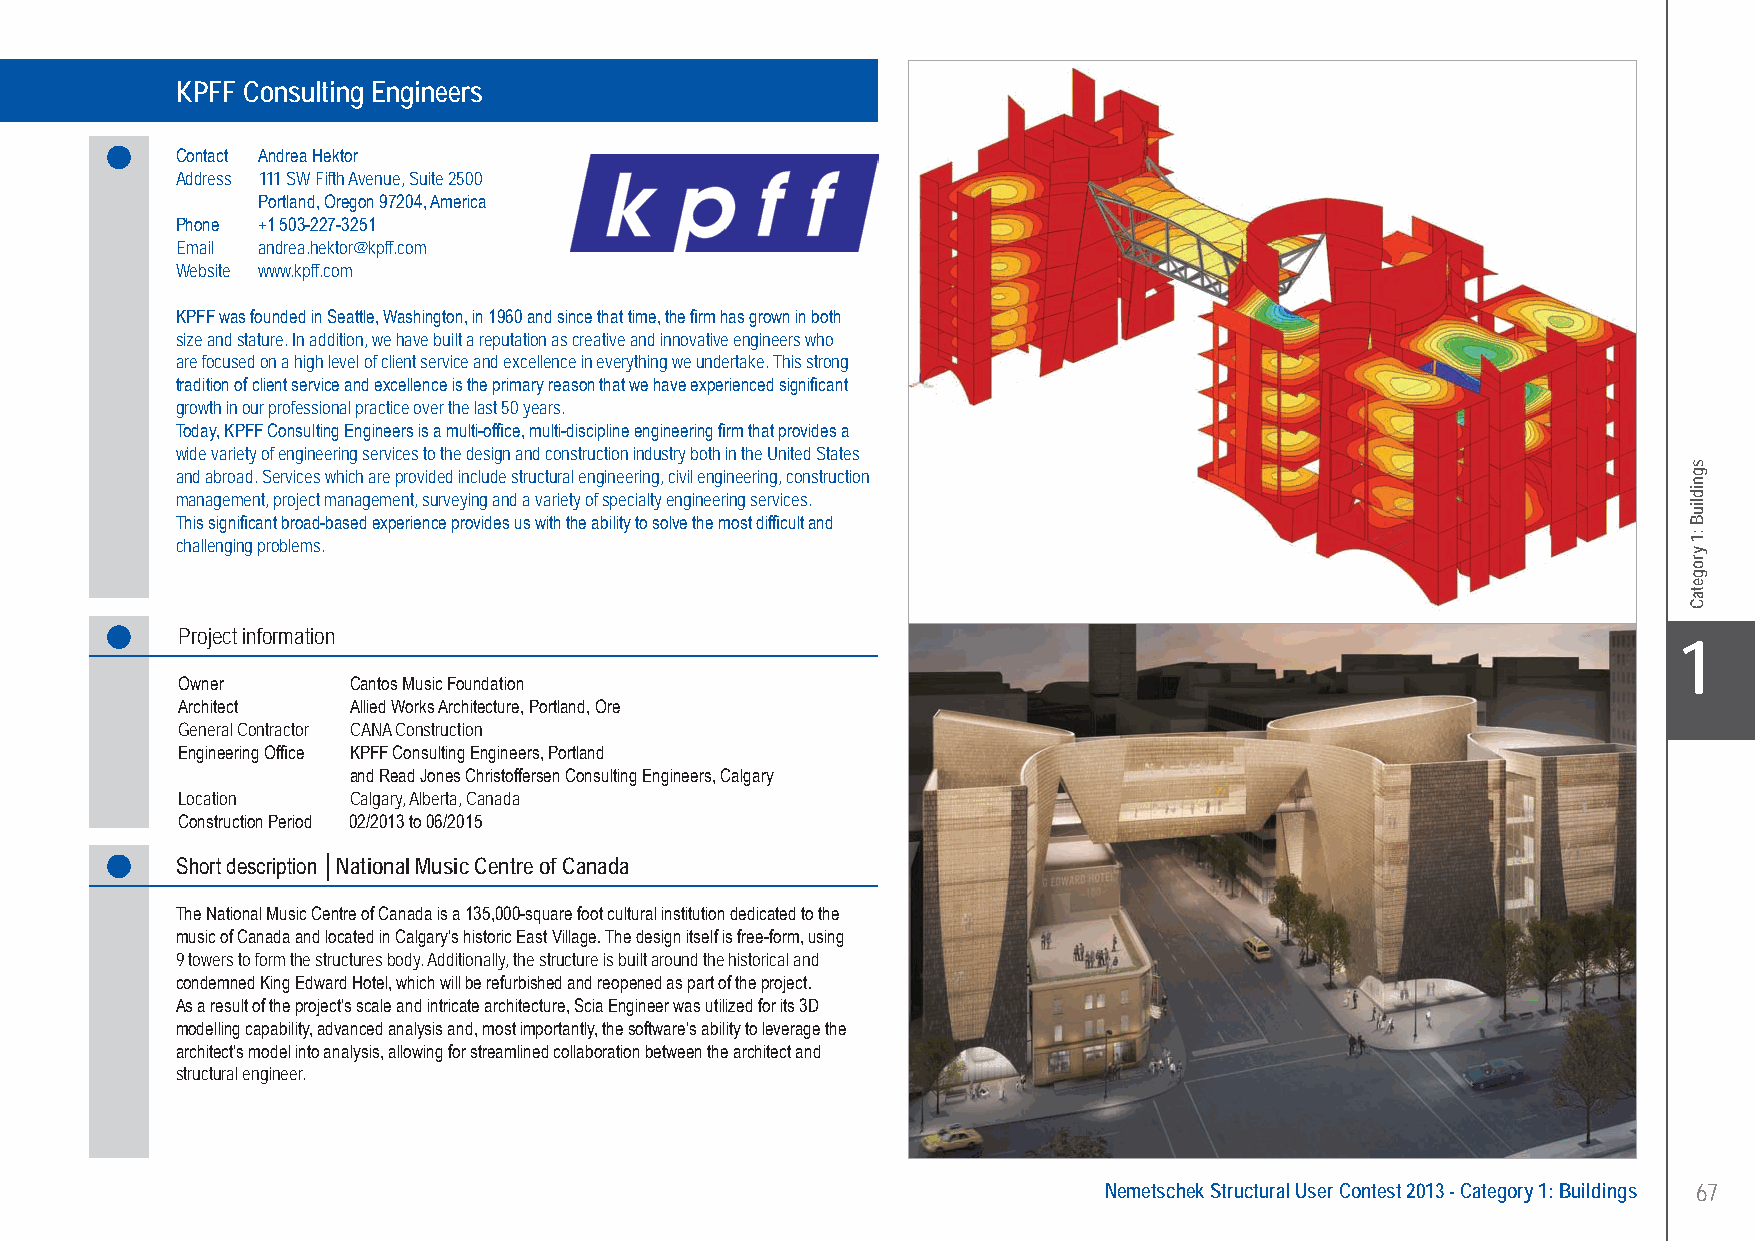
KPFF Consulting Engineers National Music Centre - Calgary, Alberta, Canada
 KPFF Consulting Engineers
 Contact Andrea Hektor
 Address 111 SW Fifth Avenue, Suite 2500
 Portland, Oregon 97204, America
 Phone +1 503-227-3251
 Email andrea.hektor@kpff.com
 Website www.kpff.com
 KPFF was founded in Seattle, Washington, in 1960 and since that time, the firm has grown in both
 size and stature. In addition, we have built a reputation as creative and innovative engineers who
 are focused on a high level of client service and excellence in everything we undertake. This strong
 tradition of client service and excellence is the primary reason that we have experienced significant
 growth in our professional practice over the last 50 years.
 Today, KPFF Consulting Engineers is a multi-office, multi-discipline engineering firm that provides a
 wide variety of engineering services to the design and construction industry both in the United States
 and abroad. Services which are provided include structural engineering, civil engineering, construction
 management, project management, surveying and a variety of specialty engineering services.
 This significant broad-based experience provides us with the ability to solve the most difficult and
 challenging problems.
 Project information
 X1
 Owner      Cantos Music Foundation
 Architect  Allied Works Architecture, Portland, Ore
 General Contractor CANA Construction
 Engineering Office KPFF Consulting Engineers, Portland
 and Read Jones Christoffersen Consulting Engineers, Calgary
 Location   Calgary, Alberta, Canada
 Construction Period 02/2013 to 06/2015
 Short description │National Music Centre of Canada
 The National Music Centre of Canada is a 135,000-square foot cultural institution dedicated to the
 music of Canada and located in Calgary’s historic East Village. The design itself is free-form, using
 9 towers to form the structures body. Additionally, the structure is built around the historical and
 condemned King Edward Hotel, which will be refurbished and reopened as part of the project.
 As a result of the project’s scale and intricate architecture, Scia Engineer was utilized for its 3D
 modelling capability, advanced analysis and, most importantly, the software’s ability to leverage the
 architect’s model into analysis, allowing for streamlined collaboration between the architect and
 structural engineer.
 Nemetschek Structural User Contest 2013 - Category 1: Buildings 67
 UC-2013-Book-V8.indd 67                                                                                   7/11/2013 12:21:37 PM
 sgnidliuB
 :1
 yrogetaC